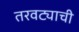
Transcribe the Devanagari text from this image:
तरवट्याची